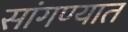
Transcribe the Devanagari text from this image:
सांगण्‍यात